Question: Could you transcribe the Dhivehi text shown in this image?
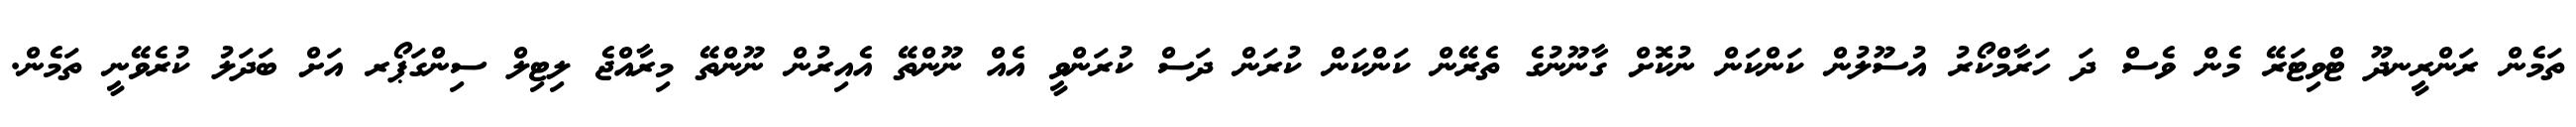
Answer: ތަމެން ރަންރީނދޫ ޓްވިޓަރޭ މެން ވެސް ދަ ހަރާމްކޯރު އުސޫލުން ކަންކަން ނުކޮށް ގާނޫނުގެ ތެރޭން ކަންކަން ކުރަން ދަސް ކުރަންވީ އެއް ނޫންތޭ އެއިރުން ނޫންތޭ މިރާއްޖެ ލިޓިލް ސިންގަޕޯރ އަށް ބަދަލު ކުރެވޭނީ ތަމެން.